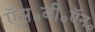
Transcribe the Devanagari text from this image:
ऍस॰बी॰ऍन॰